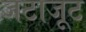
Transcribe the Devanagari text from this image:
जटाजूट